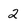
Character: 2